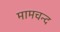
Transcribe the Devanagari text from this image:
मामचन्द